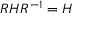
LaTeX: R H R ^ { - 1 } = H